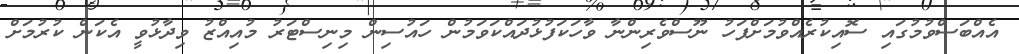
އެއްބަސްވުމުގައި ސޮއިކުރެއްވުމަށްފަހު ނޫސްވެރިންނާ ވާހަކަފުޅުދައްކަވަމުން ހައުސިން މިނިސްޓަރު މުއިއްޒު ވިދާޅުވީ އެކަން ކުރުމަށް